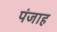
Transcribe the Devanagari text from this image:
पंजाह